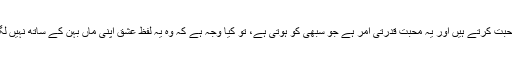
نہیں ناں بلکہ سبھی بھائی بیٹے اپنے بہن اور ماں سے شدید محبت کرتے ہیں اور یہ محبت قدرتی امر ہے جو سبھی کو ہوتی ہے، تو کیا وجہ ہے کہ وہ یہ لفظ عشق اپنی ماں بہن کے ساتھ نہیں لگاتا مگر وہ شخص یہی لفظ نبیﷺ کی ذات کے ساتھ لگاتا ہے؟